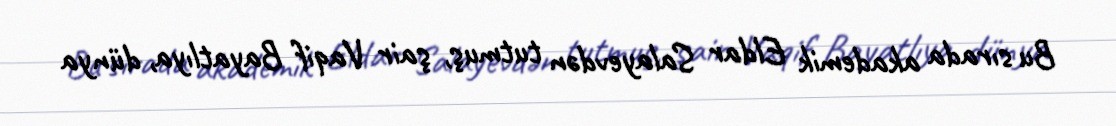
Bu sırada akademik Eldar Salayevdən tutmuş, şair Vaqif Bayatlıya, dünya